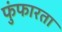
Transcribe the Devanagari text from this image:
फुंफारता